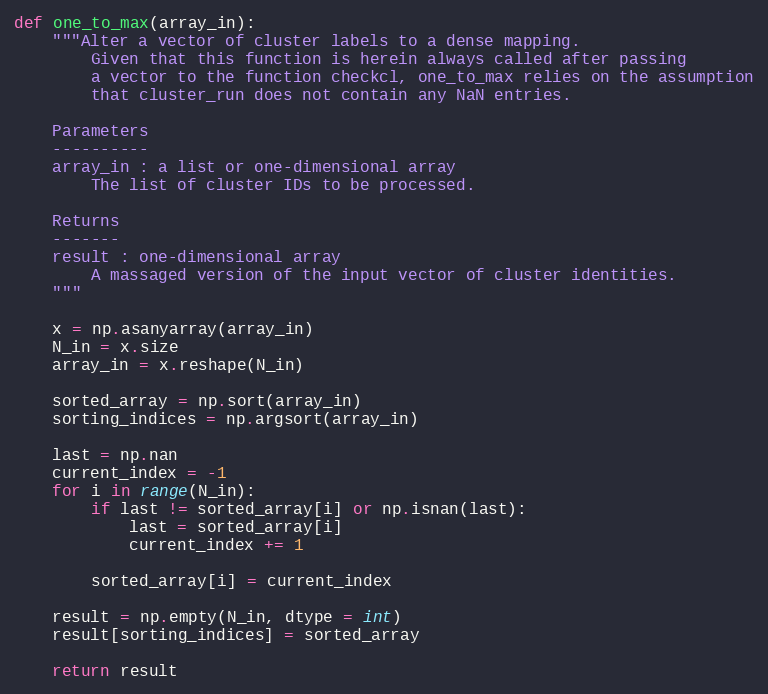
Language: Python
def one_to_max(array_in):
    """Alter a vector of cluster labels to a dense mapping.
        Given that this function is herein always called after passing
        a vector to the function checkcl, one_to_max relies on the assumption
        that cluster_run does not contain any NaN entries.

    Parameters
    ----------
    array_in : a list or one-dimensional array
        The list of cluster IDs to be processed.

    Returns
    -------
    result : one-dimensional array
        A massaged version of the input vector of cluster identities.
    """

    x = np.asanyarray(array_in)
    N_in = x.size
    array_in = x.reshape(N_in)

    sorted_array = np.sort(array_in)
    sorting_indices = np.argsort(array_in)

    last = np.nan
    current_index = -1
    for i in range(N_in):
        if last != sorted_array[i] or np.isnan(last):
            last = sorted_array[i]
            current_index += 1

        sorted_array[i] = current_index

    result = np.empty(N_in, dtype = int)
    result[sorting_indices] = sorted_array

    return result